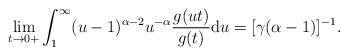
LaTeX: \begin{align*}\lim_{t\rightarrow 0+}\int_{1}^{\infty }(u-1)^{\alpha -2}u^{-\alpha }\frac{g(ut)}{g(t)}\mathrm{d}u=[\gamma (\alpha -1)]^{-1}. \end{align*}